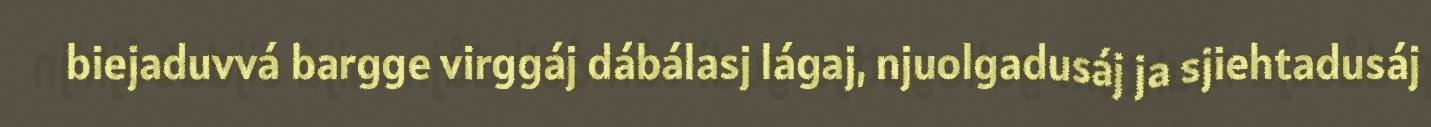
biejaduvvá bargge virggáj dábálasj lágaj, njuolgadusáj ja sjiehtadusáj